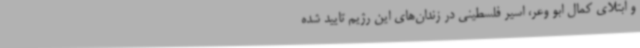
و ابتلای کمال ابو وعر، اسیر فلسطینی در زندان‌های این رژیم تایید شده